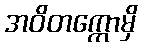
အဝိတက္ကောမှိ